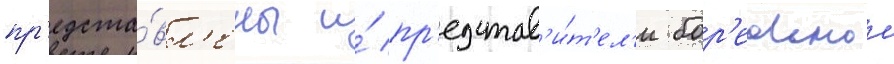
пр'едста́вл'ены и́ пр'едстав'и́т'ел'и бор'еальнои